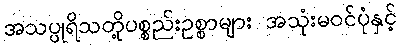
အသပ္ပုရိသတို့ပစ္စည်းဥစ္စာများ အသုံးမဝင်ပုံနှင့်